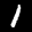
Label: 1